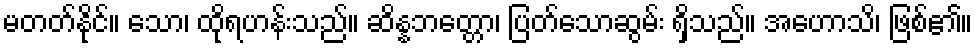
မတတ်နိုင်။ သော၊ ထိုရဟန်းသည်။ ဆိန္နဘတ္တော၊ ပြတ်သောဆွမ်း ရှိသည်။ အဟောသိ၊ ဖြစ်၏။